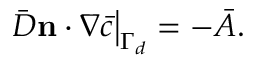
\left. \bar { D } \mathbf { n } \cdot \nabla \bar { c } \right| _ { \Gamma _ { d } } = - \bar { A } .